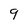
Character: 9